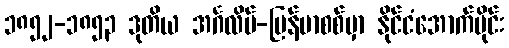
၁၈၅၂-၁၈၅၃ ဒုတိယ အင်္ဂလိပ်-မြန်မာစစ်မှာ နိုင်ငံအောက်ပိုင်း